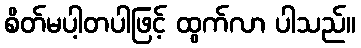
စိတ်မပါ့တပါဖြင့် ထွက်လာ ပါသည်။